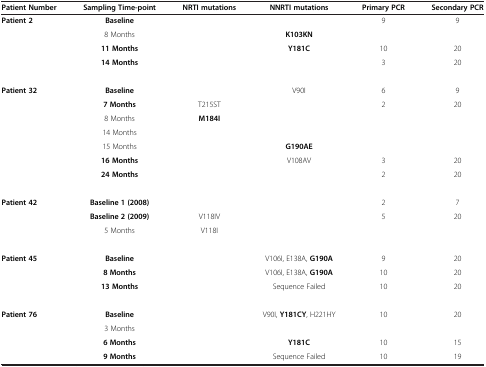
| Patient Number | Sampling Time-point | NRTI mutations | NNRTI mutations | Primary PCR | Secondary PCR |
 | --- | --- | --- | --- | --- | --- |
 | Patient 2 | Baseline |  |  | 9 | 9 |
 |  | 8 Months |  | K103KN |  |  |
 |  | 11 Months |  | Y181C | 10 | 20 |
 |  | 14 Months |  |  | 3 | 20 |
 |  |  |  |  |  |  |
 | Patient 32 | Baseline |  | V90I | 6 | 9 |
 |  | 7 Months | T215ST |  | 2 | 20 |
 |  | 8 Months | M184I |  |  |  |
 |  | 14 Months |  |  |  |  |
 |  | 15 Months |  | G190AE |  |  |
 |  | 16 Months |  | V108AV | 3 | 20 |
 |  | 24 Months |  |  | 2 | 20 |
 |  |  |  |  |  |  |
 | Patient 42 | Baseline 1 (2008) |  |  | 2 | 7 |
 |  | Baseline 2 (2009) | V118IV |  | 5 | 20 |
 |  | 5 Months | V118I |  |  |  |
 |  |  |  |  |  |  |
 | Patient 45 | Baseline |  | V106I, E138A, G190A | 9 | 20 |
 |  | 8 Months |  | V106I, E138A, G190A | 10 | 20 |
 |  | 13 Months |  | Sequence Failed | 10 | 20 |
 |  |  |  |  |  |  |
 | Patient 76 | Baseline |  | V90I, Y181CY, H221HY | 10 | 20 |
 |  | 3 Months |  |  |  |  |
 |  | 6 Months |  | Y181C | 10 | 15 |
 |  | 9 Months |  | Sequence Failed | 10 | 19 |